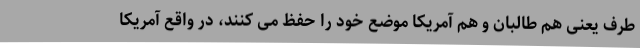
طرف یعنی هم طالبان و هم آمریکا موضع خود را حفظ می کنند، در واقع آمریکا